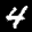
Label: 4